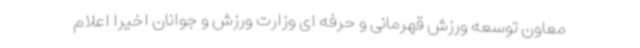
معاون توسعه ورزش قهرمانی و حرفه ای وزارت ورزش و جوانان اخیرا اعلام